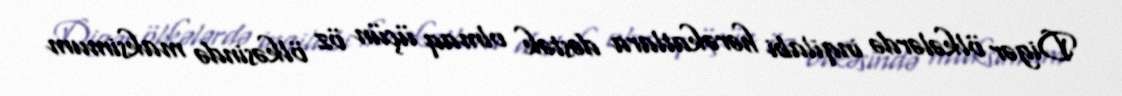
Digər ölkələrdə inqilabi hərəkatlara dəstək olmaq üçün öz ölkəsində maksimum